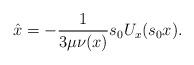
LaTeX: \begin{align*} \hat{x} = -\frac{1}{3\mu\nu(x)}s_0 U_x(s_0x).\end{align*}